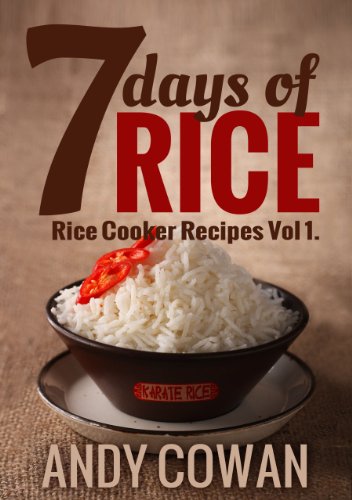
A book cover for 7 Days of Rice - Rice Cooker Recipes; Andy Cowan; Cookbooks, Food & Wine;